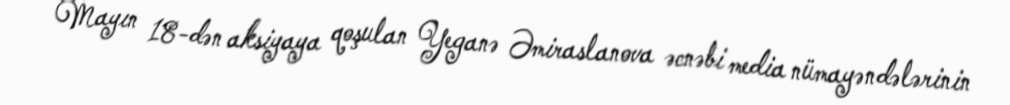
Mayın 18-dən aksiyaya qoşulan Yeganə Əmiraslanova əcnəbi media nümayəndələrinin